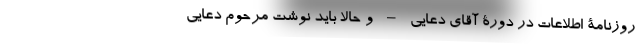
روزنامۀ اطلاعات در دورۀ آقای دعایی – و حالا باید نوشت مرحوم دعایی-